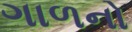
ગાળનો